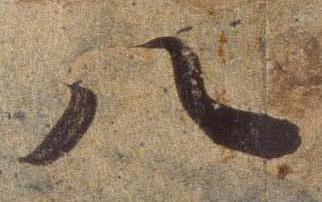
八